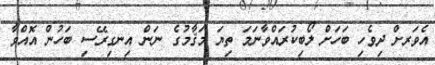
އެވަރށް ދިވެހި ބަހަށް ލޯބިކުރައްވާނަމަ ތިޔަ މަޤާމުގެ ނަން އިނގިރޭސި ބަހުން އޮއްވާ